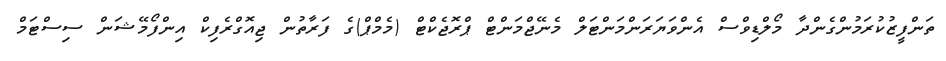
ތަންފީޒުކުރަމުންގެންދާ މޯލްޑިވްސް އެންވަޔަރަންމަންޓަލް މެނޭޖްމަންޓް ޕްރޮޖެކްޓް (މެމްޕް)ގެ ފަރާތުން ޖިއޮގްރެފިކް އިންފޯމޭޝަން ސިސްޓަމް